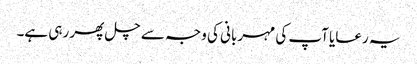
یہ رعایا آپ کی مہربانی کی وجہ سے چل پھر رہی ہے۔